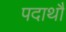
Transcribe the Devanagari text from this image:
पदाथौ